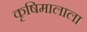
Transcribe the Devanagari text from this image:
कृषिमालाला